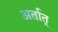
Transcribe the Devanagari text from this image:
अर्तात्